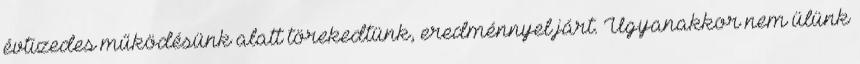
évtizedes működésünk alatt törekedtünk, eredménnyel járt. Ugyanakkor nem ülünk